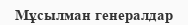
Мұсылман генералдар